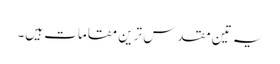
یہ تین مقدس ترین مقامات ہیں۔